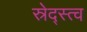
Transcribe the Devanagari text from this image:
स्रेद्स्त्व